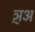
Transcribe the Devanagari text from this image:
ञ़्अ